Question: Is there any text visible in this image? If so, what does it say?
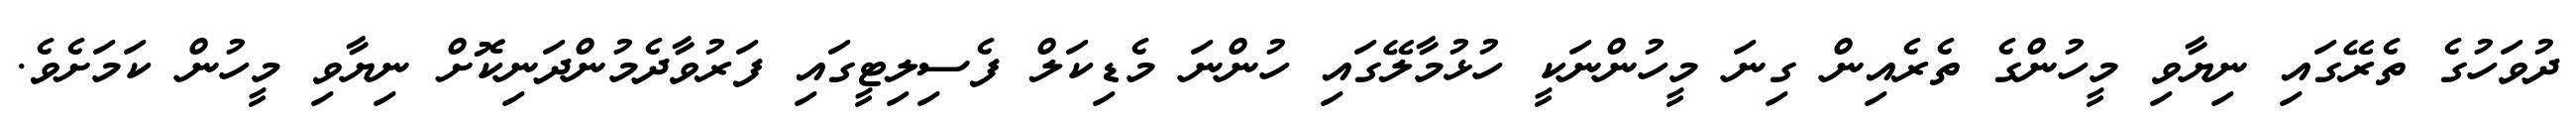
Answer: ދުވަހުގެ ތެރޭގައި ނިޔާވި މީހުންގެ ތެރެއިން ގިނަ މީހުންނަކީ ހުޅުމާލޭގައި ހުންނަ މެޑިކަލް ފެސިލިޓީގައި ފަރުވާދެމުންދަނިކޮށް ނިޔާވި މީހުން ކަމަށެވެ.